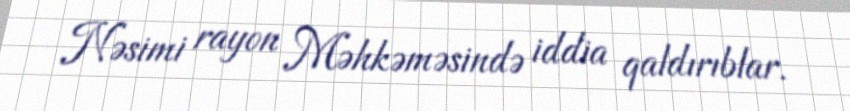
Nəsimi rayon Məhkəməsində iddia qaldırıblar.